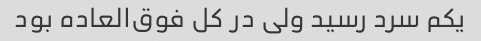
یکم سرد رسید ولی در کل فوق‌العاده بود